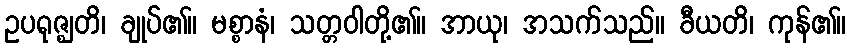
ဥပရုဇ္ဈတိ၊ ချုပ်၏။ မစ္စာနံ၊ သတ္တဝါတို့၏။ အာယု၊ အသက်သည်။ ခီယတိ၊ ကုန်၏။